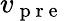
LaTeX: v_{\mathrm{~p~r~e~}}